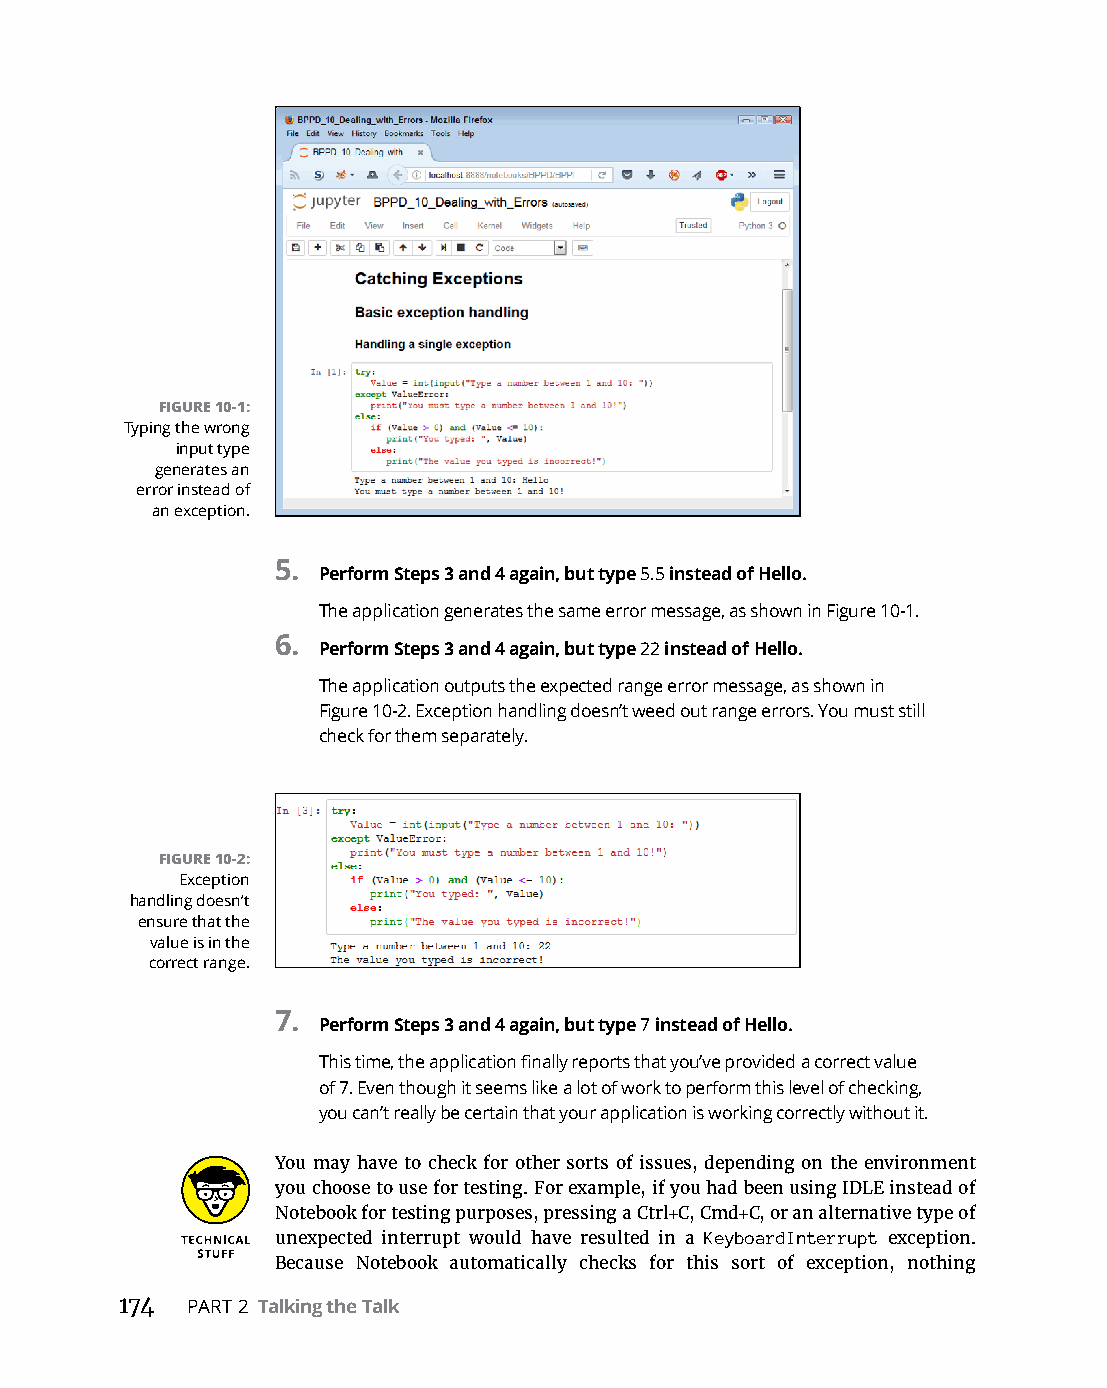
FIGURE 10-1:
 Typing the wrong
 input type
 generates an
 error instead of
 an exception.
 5.
 Perform Steps 3 and 4 again, but type 5.5 instead of Hello.
 The application generates the same error message, as shown in Figure 10-1.
 6.
 Perform Steps 3 and 4 again, but type 22 instead of Hello.
 The application outputs the expected range error message, as shown in
 Figure 10-2. Exception handling doesn’t weed out range errors. You must still
 check for them separately.
 FIGURE 10-2:
 Exception
 handling doesn’t
 ensure that the
 value is in the
 correct range.
 7.
 Perform Steps 3 and 4 again, but type 7 instead of Hello.
 This time, the application finally reports that you’ve provided a correct value
 of 7. Even though it seems like a lot of work to perform this level of checking,
 you can’t really be certain that your application is working correctly without it.
 You may have to check for other sorts of issues, depending on the environment
 you choose to use for testing. For example, if you had been using IDLE instead of
 Notebook for testing purposes, pressing a Ctrl+C, Cmd+C, or an alternative type of
 unexpected interrupt would have resulted in a KeyboardInterrupt exception.
 Because Notebook automatically checks for this sort of exception, nothing
 174 PART 2 Talking the Talk